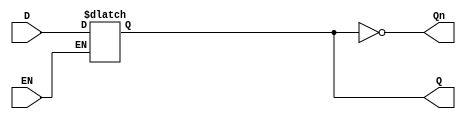
module Gated_D_Latch (
    input wire D,     // Data Input
    input wire EN,    // Enable Input
    output reg Q,     // Output
    output wire Qn    // Complement of Q
);

// Complement of Q
assign Qn = ~Q;

// Gated D Latch behavior
always @ (D or EN) begin
    if (EN) begin
        Q <= D;  // When EN is high, Q follows D
    end
    // When EN is low, Q retains its previous value
end

endmodule